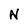
Character: N